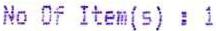
NO OF ITEM(S) : 1